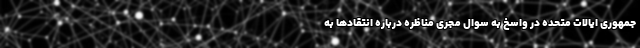
جمهوری ایالات متحده در واسخ به سوال مجری مناظره درباره انتقادها به